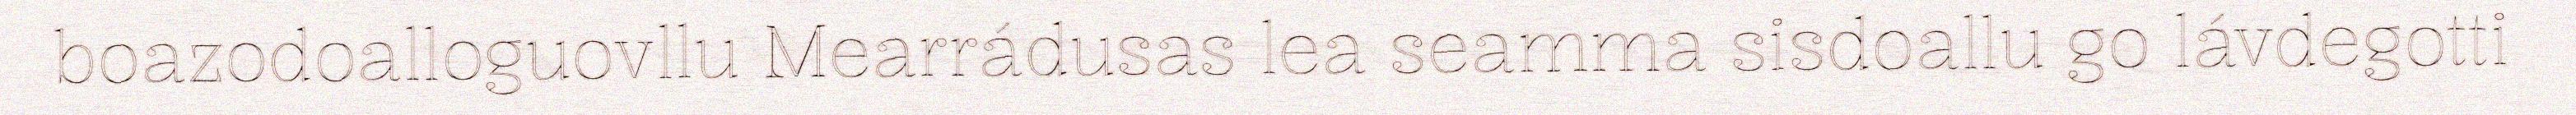
boazodoalloguovllu Mearrádusas lea seamma sisdoallu go lávdegotti